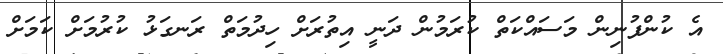
އެ ކުންފުނިން މަސައްކަތް ކުރަމުން ދަނީ އިތުރަށް ހިދުމަތް ރަނގަޅު ކުރުމަށް ކަމަށް